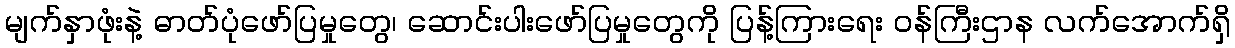
မျက်နှာဖုံးနဲ့ ဓာတ်ပုံဖော်ပြမှုတွေ၊ ဆောင်းပါးဖော်ပြမှုတွေကို ပြန့်ကြားရေး ဝန်ကြီးဌာန လက်အောက်ရှိ